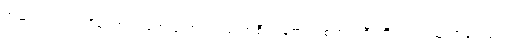
အဆင့်တွင်သာ ရှိကြောင်း ဖော်ပြထား သည့် အစီရင်ခံစာ တစ်ထပ်ကြီးကိုလည်း ယူလာခဲ့သည်။